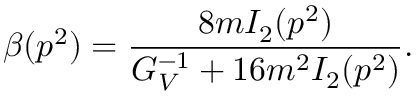
\beta ( p ^ { 2 } ) = \frac { 8 m I _ { 2 } ( p ^ { 2 } ) } { G _ { V } ^ { - 1 } + 1 6 m ^ { 2 } I _ { 2 } ( p ^ { 2 } ) } .